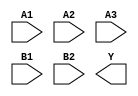
module sky130_fd_sc_hs__a32oi (
    //# {{data|Data Signals}}
    input  A1,
    input  A2,
    input  A3,
    input  B1,
    input  B2,
    output Y
);

    // Voltage supply signals
    supply1 VPWR;
    supply0 VGND;

endmodule